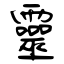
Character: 靈